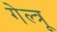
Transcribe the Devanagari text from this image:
गेल्त्रू